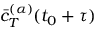
\Bar { c } _ { T } ^ { ( \alpha ) } ( t _ { 0 } + \tau )